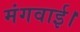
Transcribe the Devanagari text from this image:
मंगवाई।